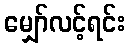
မျှော်လင့်ရင်း